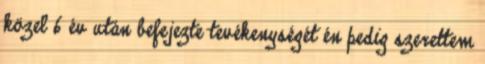
közel 6 év után befejezte tevékenységét én pedig szerettem